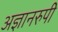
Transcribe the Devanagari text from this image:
अज्ञानरुपी